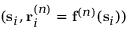
( \mathbf { s } _ { i } , \mathbf { r } _ { i } ^ { ( n ) } = \mathbf { f } ^ { ( n ) } ( \mathbf { s } _ { i } ) )